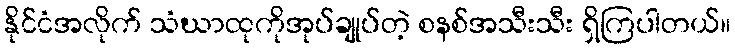
နိုင်ငံအလိုက် သံဃာထုကိုအုပ်ချုပ်တဲ့ စနစ်အသီးသီး ရှိကြပါတယ်။